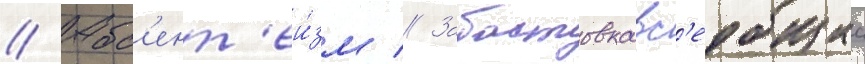
// Абс'ент'еи́зм // Забастовкавс'еобщаа